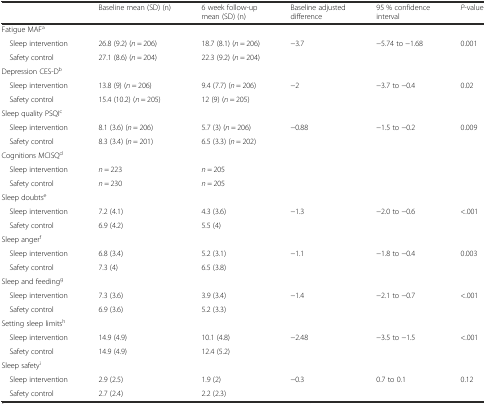
<table><thead><tr><td></td><td><b>Baseline mean (SD) (n)</b></td><td><b>6 week follow-up mean (SD) (n)</b></td><td><b>Baseline adjusted difference</b></td><td><b>95 % confidence interval</b></td><td><b><i>P</i>-value</b></td></tr></thead><tbody><tr><td>Fatigue MAF<sup>a</sup></td><td></td><td></td><td></td><td></td><td></td></tr><tr><td> Sleep intervention</td><td>26.8 (9.2) (<i>n</i> = 206)</td><td>18.7 (8.1) (<i>n</i> = 206)</td><td>−3.7</td><td>−5.74 to −1.68</td><td>0.001</td></tr><tr><td> Safety control</td><td>27.1 (8.6) (<i>n</i> = 204)</td><td>22.3 (9.2) (<i>n</i> = 204)</td><td></td><td></td><td></td></tr><tr><td>Depression CES-D<sup>b</sup></td><td></td><td></td><td></td><td></td><td></td></tr><tr><td> Sleep intervention</td><td>13.8 (9) (<i>n</i> = 206)</td><td>9.4 (7.7) (<i>n</i> = 206)</td><td>−2</td><td>−3.7 to −0.4</td><td>0.02</td></tr><tr><td> Safety control</td><td>15.4 (10.2) (<i>n</i> = 205)</td><td>12 (9) (<i>n</i> = 205)</td><td></td><td></td><td></td></tr><tr><td>Sleep quality PSQI<sup>c</sup></td><td></td><td></td><td></td><td></td><td></td></tr><tr><td> Sleep intervention</td><td>8.1 (3.6) (<i>n</i> = 206)</td><td>5.7 (3) (<i>n</i> = 206)</td><td>−0.88</td><td>−1.5 to −0.2</td><td>0.009</td></tr><tr><td> Safety control</td><td>8.3 (3.4) (<i>n</i> = 201)</td><td>6.5 (3.3) (<i>n</i> = 202)</td><td></td><td></td><td></td></tr><tr><td>Cognitions MCISQ<sup>d</sup></td><td></td><td></td><td colspan="3"></td></tr><tr><td> Sleep intervention</td><td><i>n</i> = 223</td><td><i>n</i> = 205</td><td colspan="3"></td></tr><tr><td> Safety control</td><td><i>n</i> = 230</td><td><i>n</i> = 205</td><td colspan="3"></td></tr><tr><td>Sleep doubts<sup>e</sup></td><td></td><td></td><td></td><td></td><td></td></tr><tr><td> Sleep intervention</td><td>7.2 (4.1)</td><td>4.3 (3.6)</td><td>−1.3</td><td>−2.0 to −0.6</td><td>&lt;.001</td></tr><tr><td> Safety control</td><td>6.9 (4.2)</td><td>5.5 (4)</td><td></td><td></td><td></td></tr><tr><td>Sleep anger<sup>f</sup></td><td></td><td></td><td></td><td></td><td></td></tr><tr><td> Sleep intervention</td><td>6.8 (3.4)</td><td>5.2 (3.1)</td><td>−1.1</td><td>−1.8 to −0.4</td><td>0.003</td></tr><tr><td> Safety control</td><td>7.3 (4)</td><td>6.5 (3.8)</td><td></td><td></td><td></td></tr><tr><td>Sleep and feeding<sup>g</sup></td><td></td><td></td><td></td><td></td><td></td></tr><tr><td> Sleep intervention</td><td>7.3 (3.6)</td><td>3.9 (3.4)</td><td>−1.4</td><td>−2.1 to −0.7</td><td>&lt;.001</td></tr><tr><td> Safety control</td><td>6.9 (3.6)</td><td>5.2 (3.3)</td><td></td><td></td><td></td></tr><tr><td>Setting sleep limits<sup>h</sup></td><td></td><td></td><td></td><td></td><td></td></tr><tr><td> Sleep intervention</td><td>14.9 (4.9)</td><td>10.1 (4.8)</td><td>−2.48</td><td>−3.5 to −1.5</td><td>&lt;.001</td></tr><tr><td> Safety control</td><td>14.9 (4.9)</td><td>12.4 (5.2)</td><td></td><td></td><td></td></tr><tr><td>Sleep safety<sup>i</sup></td><td></td><td></td><td></td><td></td><td></td></tr><tr><td> Sleep intervention</td><td>2.9 (2.5)</td><td>1.9 (2)</td><td>−0.3</td><td>0.7 to 0.1</td><td>0.12</td></tr><tr><td> Safety control</td><td>2.7 (2.4)</td><td>2.2 (2.3)</td><td></td><td></td><td></td></tr></tbody></table>